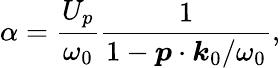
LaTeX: \alpha=\frac{U_{p}}{\omega_{0}}\frac{1}{1-\boldsymbol{p}\cdot\boldsymbol{k}_{0}/\omega_{0}},